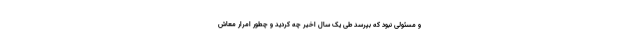
و مسئولی نبود که بپرسد طی یک سال اخیر چه کردید و چطور امرار معاش